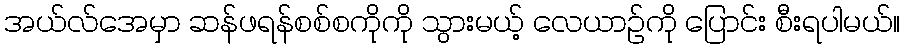
အယ်လ်အေမှာ ဆန်ဖရန်စစ်စကိုကို သွားမယ့် လေယာဉ်ကို ပြောင်း စီးရပါမယ်။